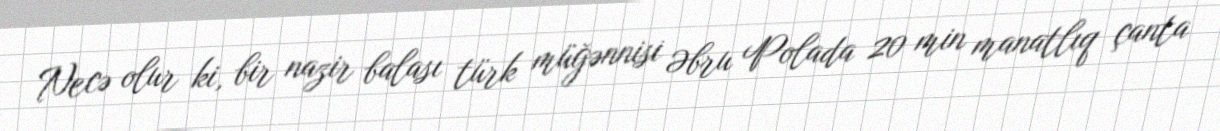
Necə olur ki, bir nazir balası türk müğənnisi Əbru Polada 20 min manatlıq çanta